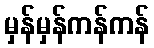
မှန်မှန်ကန်ကန်